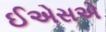
ઈએસએ